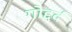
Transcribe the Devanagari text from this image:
गोद्दर्द